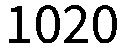
1020